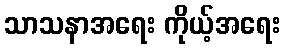
သာသနာအရေး ကိုယ့်အရေး